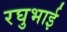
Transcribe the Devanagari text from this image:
रघुभाई